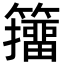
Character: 籒